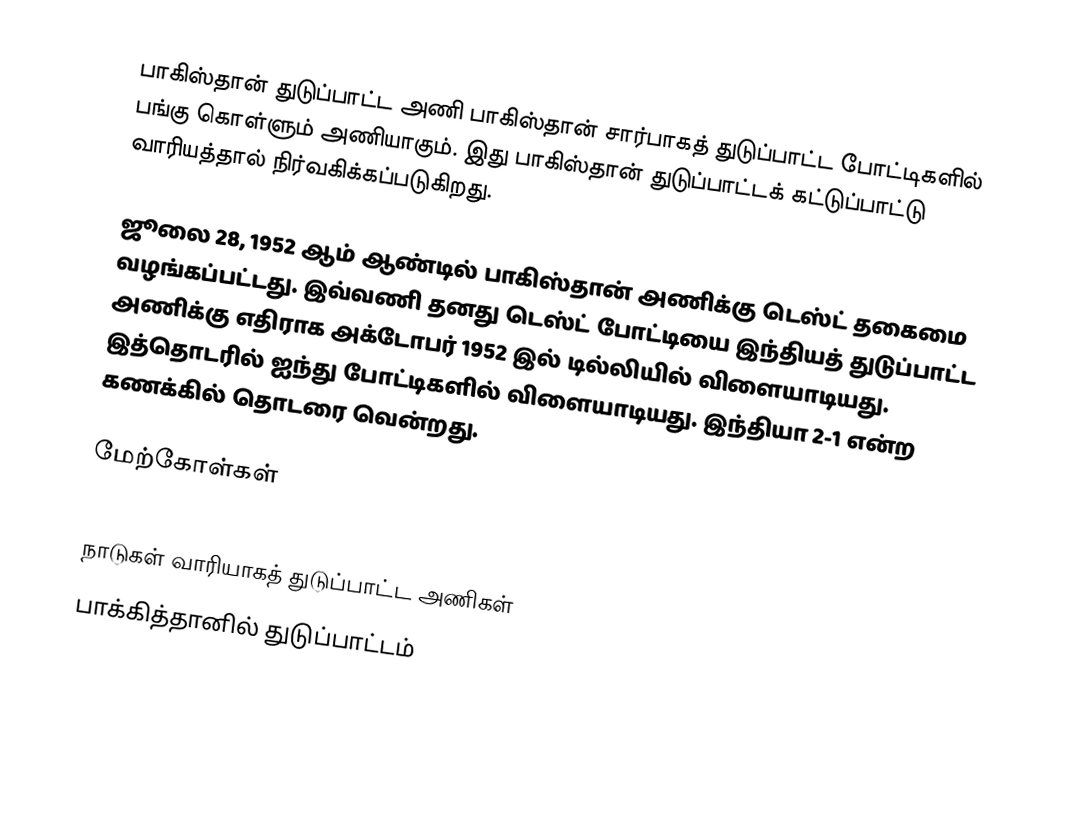
பாகிஸ்தான் துடுப்பாட்ட அணி பாகிஸ்தான் சார்பாகத் துடுப்பாட்ட போட்டிகளில் பங்கு கொள்ளும் அணியாகும். இது பாகிஸ்தான் துடுப்பாட்டக் கட்டுப்பாட்டு வாரியத்தால் நிர்வகிக்கப்படுகிறது.

ஜூலை 28, 1952 ஆம் ஆண்டில் பாகிஸ்தான் அணிக்கு டெஸ்ட் தகைமை வழங்கப்பட்டது. இவ்வணி தனது டெஸ்ட் போட்டியை இந்தியத் துடுப்பாட்ட அணிக்கு எதிராக அக்டோபர் 1952 இல் டில்லியில் விளையாடியது. இத்தொடரில் ஐந்து போட்டிகளில் விளையாடியது. இந்தியா 2-1 என்ற கணக்கில் தொடரை வென்றது.

மேற்கோள்கள்

நாடுகள் வாரியாகத் துடுப்பாட்ட அணிகள்
பாக்கித்தானில் துடுப்பாட்டம்